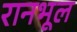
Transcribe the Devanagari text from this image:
रानभूल